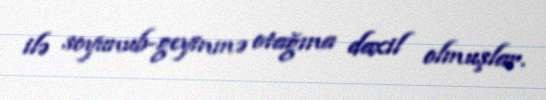
ilə soyunub-geyinmə otağına daxil olmuşlar.